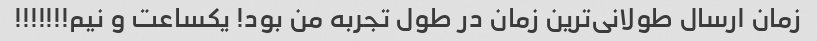
زمان ارسال طولانی‌ترین زمان در طول تجربه من بود! یکساعت و نیم!!!!!!!